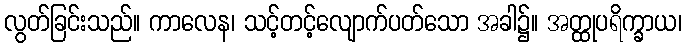
လွတ်ခြင်းသည်။ ကာလေန၊ သင့်တင့်လျောက်ပတ်သော အခါ၌။ အတ္ထုပရိက္ခာယ၊